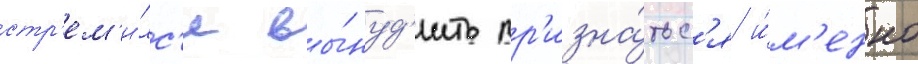
стр'ем'и́лс'я вы́нуд'ить пр'изна́тьс'я и́м'енно